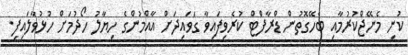
ކުނި މެނޭޖްކުރުމާއި ބެހޭގޮތުން ޑްރާފްޓް ކުރެވިފައިވާ ގަވައިދަށް އާއްމުންގެ ހިޔާލު ހޯދުމަށް ހުޅުވާލައިފި.